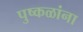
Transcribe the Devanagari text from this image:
पुष्‍कळांना